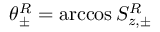
\theta _ { \pm } ^ { R } = \operatorname { a r c c o s } S _ { z , \pm } ^ { R }